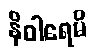
နိဝါရေမိ